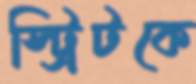
স্ট্রিটকে